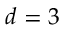
d = 3